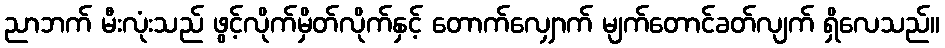
ညာဘက် မီးလုံးသည် ဖွင့်လိုက်မှိတ်လိုက်နှင့် တောက်လျှောက် မျက်တောင်ခတ်လျက် ရှိလေသည်။